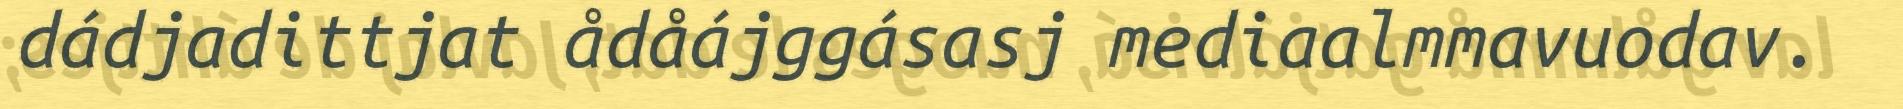
dádjadittjat ådåájggásasj mediaalmmavuodav.